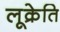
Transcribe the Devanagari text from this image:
लूक्रेति